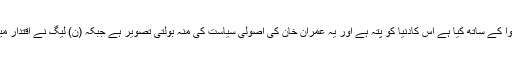
انہوں نے کہاکہ عمران خان نے جو کچھ خیبر پختونخوا کے ساتھ کیا ہے اس کادنیا کو پتہ ہے اور یہ عمران خان کی اصولی سیاست کی منہ بولتی تصویر ہے جبکہ (ن) لیگ نے اقتدار میں آ کر ہمیشہ ترقی کے ایجنڈے کو مد نظر رکھا ہے۔